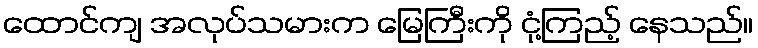
ထောင်ကျ အလုပ်သမားက မြေကြီးကို ငုံ့ကြည့် နေသည်။